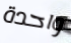
واحدة